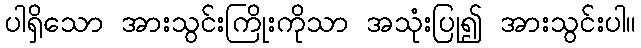
ပါရှိသော အားသွင်းကြိုးကိုသာ အသုံးပြု၍ အားသွင်းပါ။